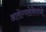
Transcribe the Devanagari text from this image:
आरोग्यसेवेमध्ये